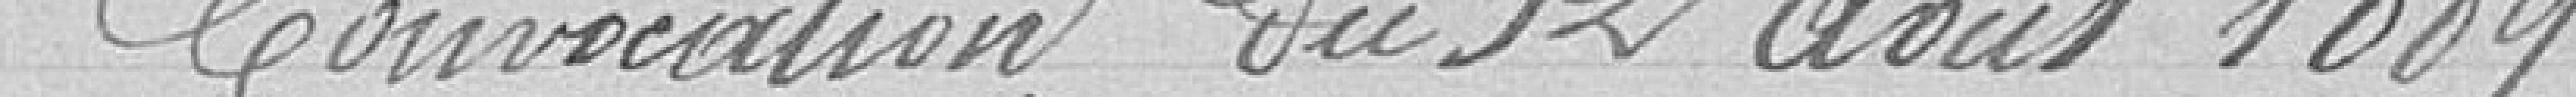
Convention du 12 août 1889